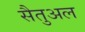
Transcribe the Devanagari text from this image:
सैतुअल